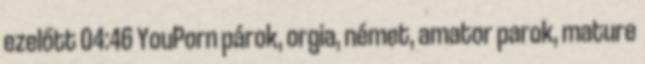
ezelőtt 04:46 YouPorn párok, orgia, német, amator parok, mature